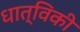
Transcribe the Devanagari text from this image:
धात्विकी